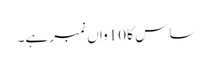
ساس کا 10واں نمبر ہے۔